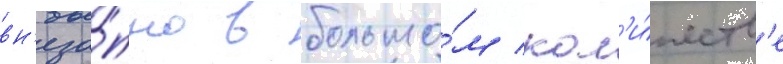
вн'еза́пно в большо́м кол'и́честв'е